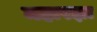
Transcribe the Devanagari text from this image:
महारज्ञा